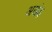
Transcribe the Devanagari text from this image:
अखंड़